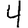
Digit: 4